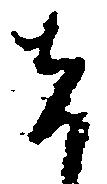
者